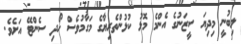
ލިބުނީ މިދިޔަ ސީޒަނުގެ އެންމެ މޮޅު ކުޅުންތެރިޔާގެ މަގާމުވެސް ހޯދި ސެންޓޭ އަށެވެ.